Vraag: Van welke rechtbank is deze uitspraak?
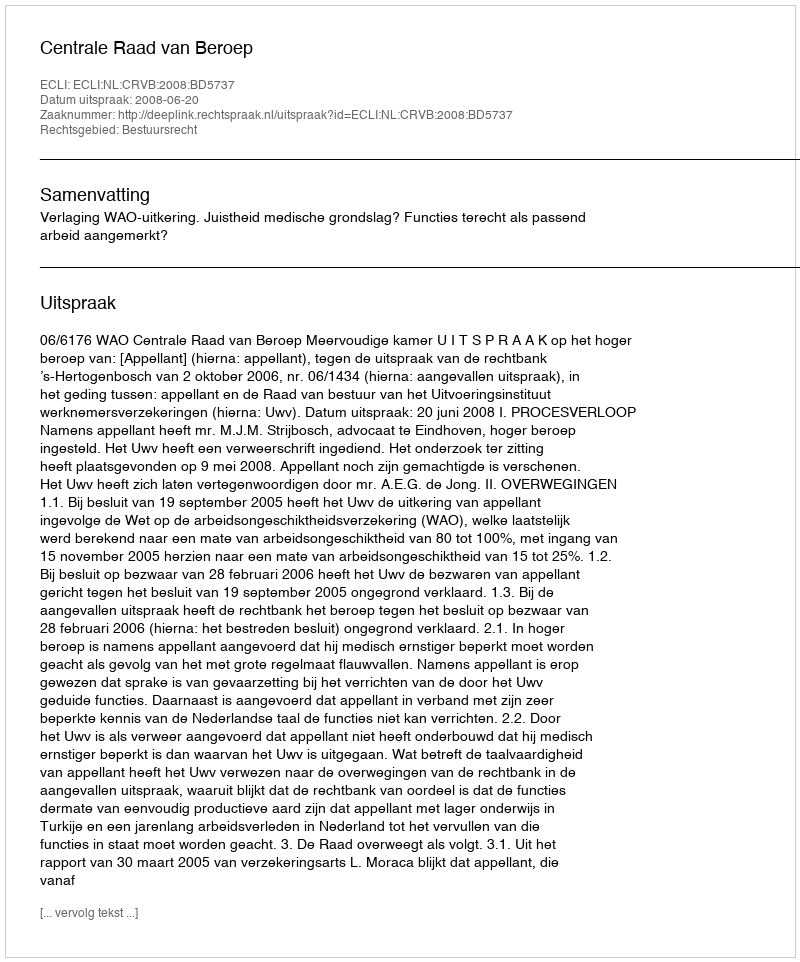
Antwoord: Centrale Raad van Beroep